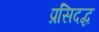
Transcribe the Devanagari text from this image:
प्रसिदद्ध